Report of an investigation of the epidemic of malarial fever in Assam, or, kala-azar
Disease focus: Malaria
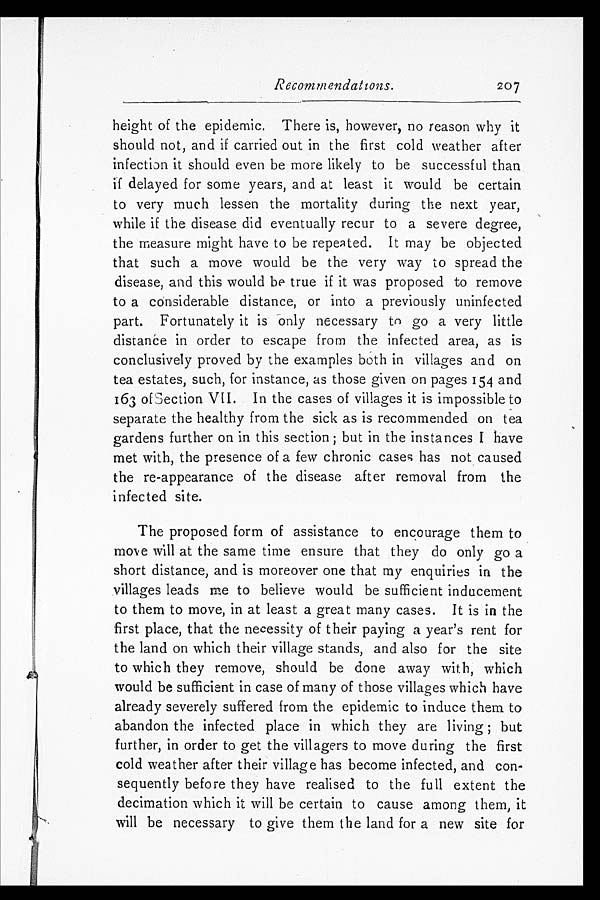
Recommendations.
207
height of the epidemic. There is, however, no reason why it
should not, and if carried out in the first cold weather after
infection it should even be more likely to be successful than
if delayed for some years, and at least it would be certain
to very much lessen the mortality during the next year,
while if the disease did eventually recur to a severe degree,
the measure might have to be repeated. It may be objected
that such a move would be the very way to spread the
disease, and this would be true if it was proposed to remove
to a considerable distance, or into a previously uninfected
part. Fortunately it is only necessary to go a very little
distance in order to escape from the infected area, as is
conclusively proved by the examples both in villages and on
tea estates, such, for instance, as those given on pages 154 and
163 of Section VII. In the cases of villages it is impossible to
separate the healthy from the sick as is recommended on tea
gardens further on in this section; but in the instances I have
met with, the presence of a few chronic cases has not caused
the re-appearance of the disease after removal from the
infected site.
The proposed form of assistance to encourage them to
move will at the same time ensure that they do only go a
short distance, and is moreover one that my enquiries in the
villages leads me to believe would be sufficient inducement
to them to move, in at least a great many cases. It is in the
first place, that the necessity of their paying a year's rent for
the land on which their village stands, and also for the site
to which they remove, should be done away with, which
would be sufficient in case of many of those villages which have
already severely suffered from the epidemic to induce them to
abandon the infected place in which they are living; but
further, in order to get the villagers to move during the first
cold weather after their village has become infected, and con-
sequently before they have realised to the full extent the
decimation which it will be certain to cause among them, it
will be necessary to give them the land for a new site for